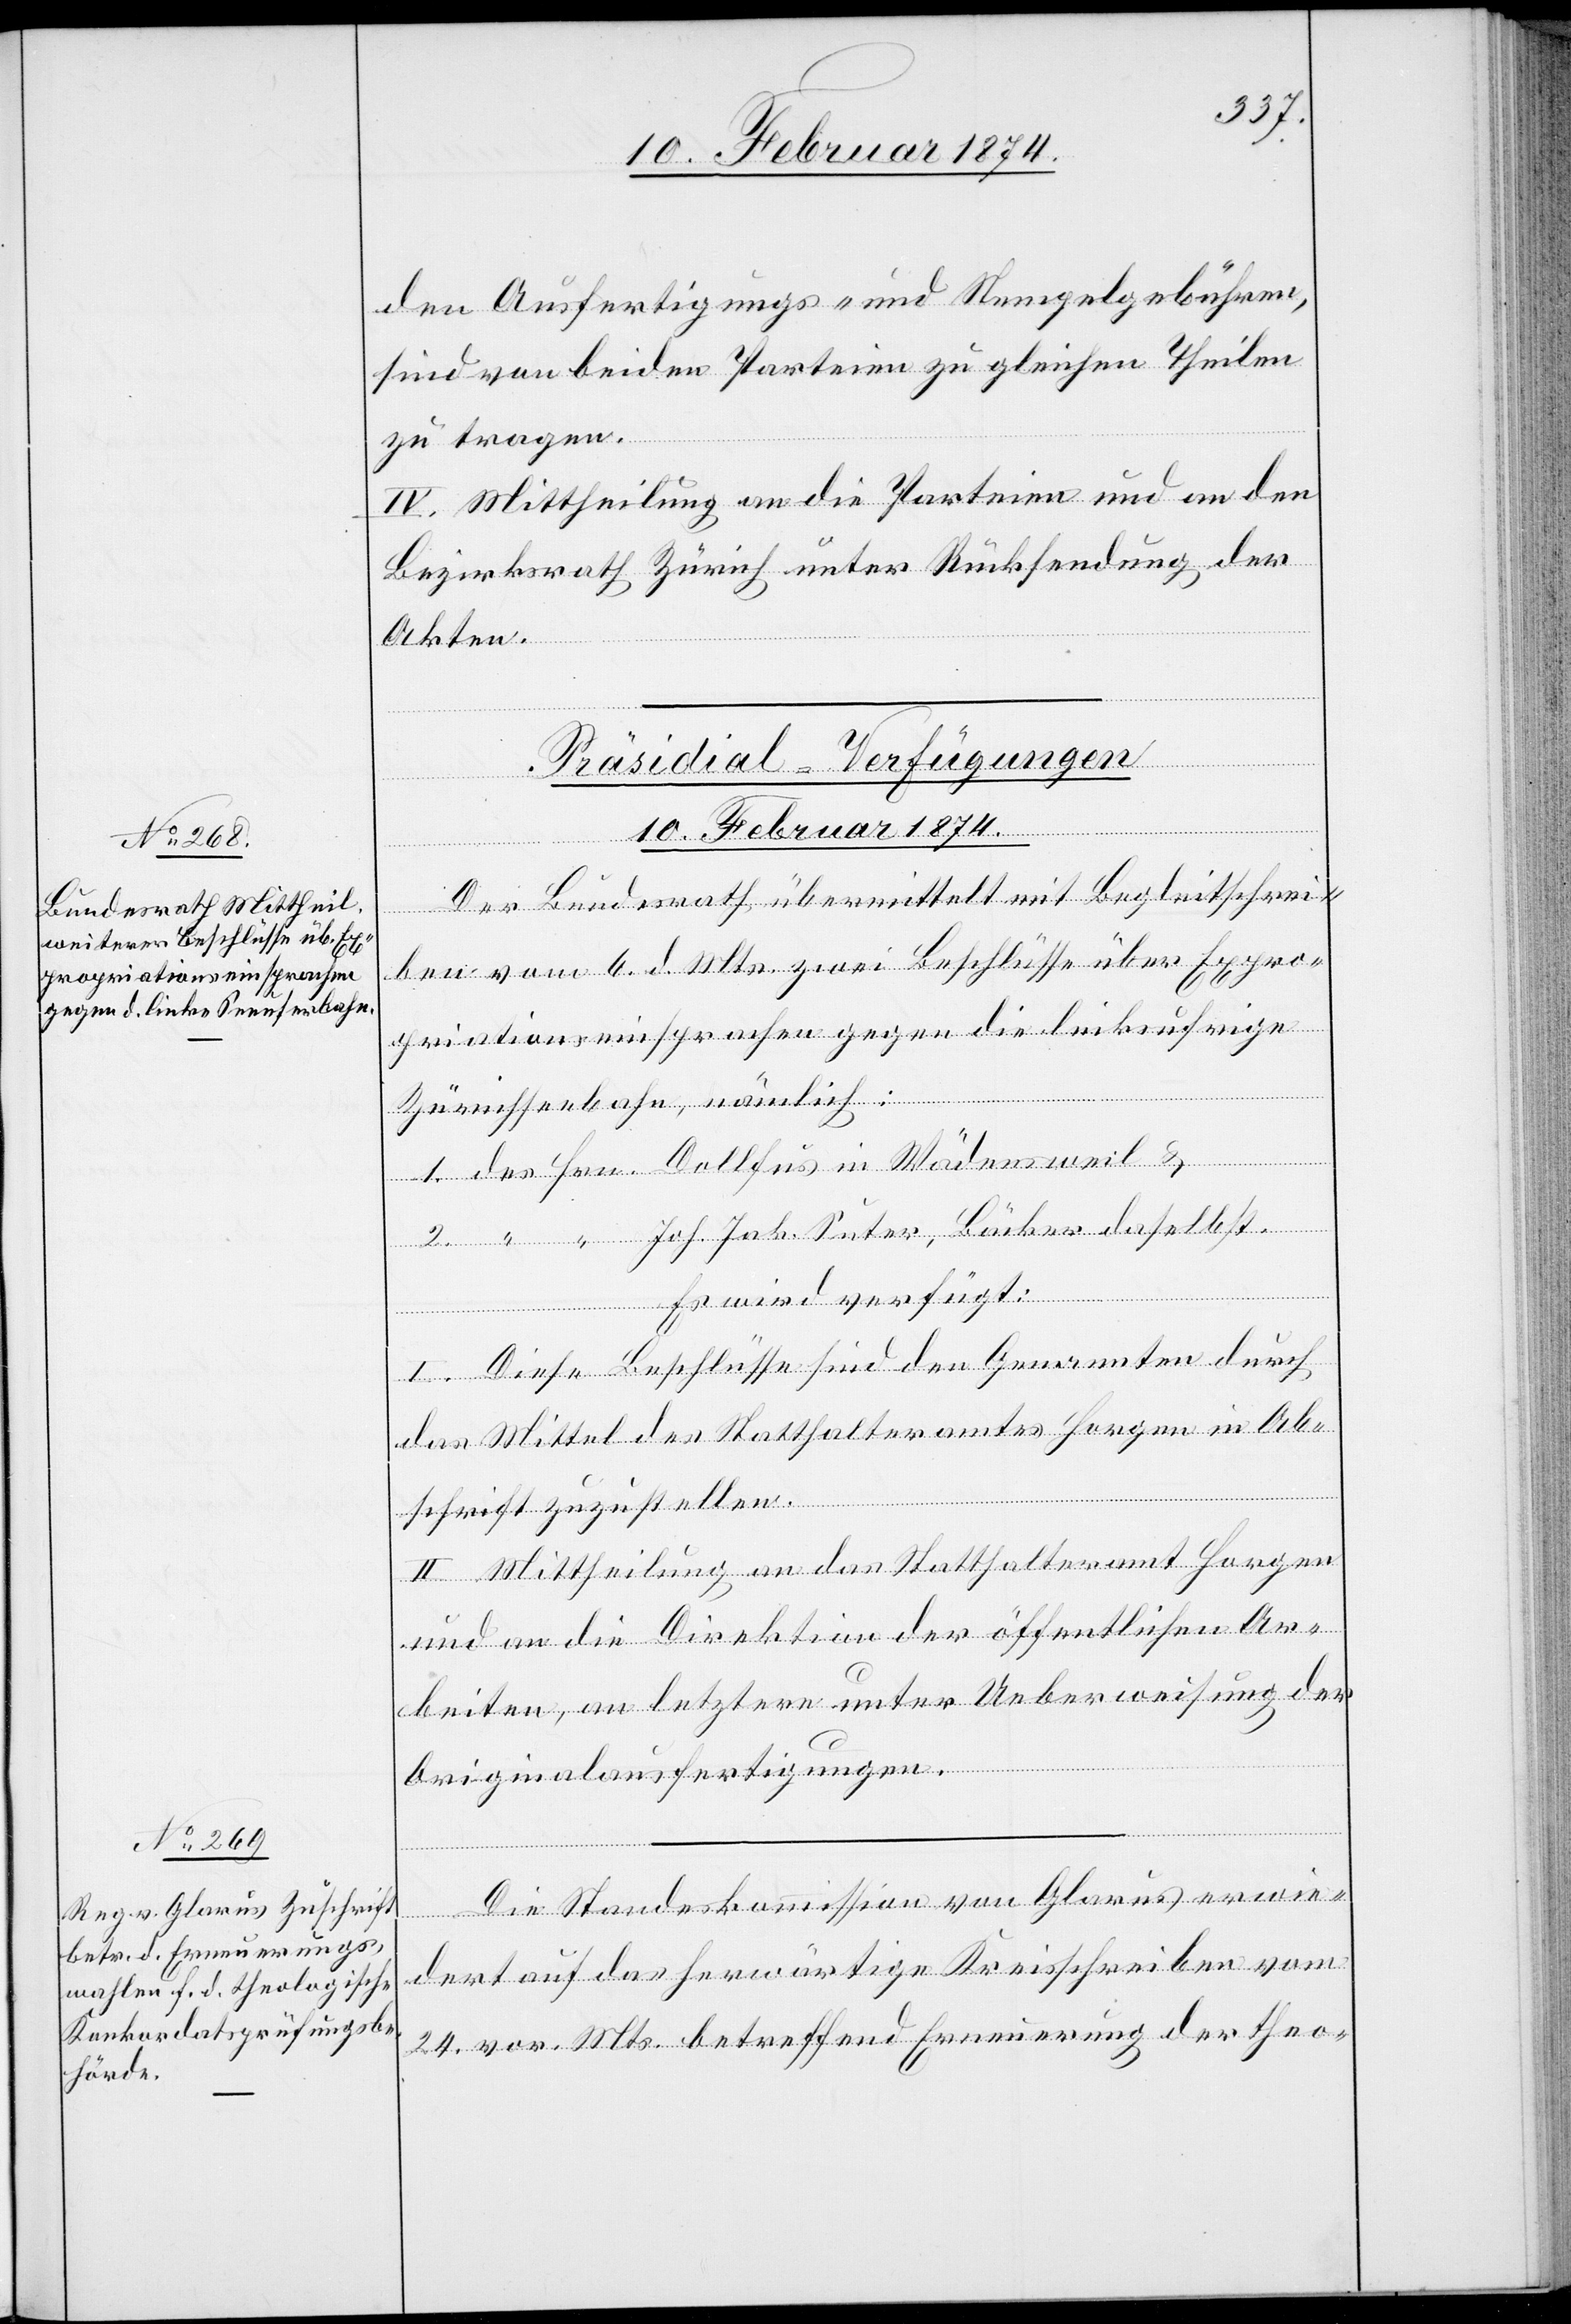
den Ausfertigungs- und Stempelgebühren,
sind von beiden Parteien zu gleichen Theilen
“
zu tragen.
IV. Mittheilung an die Parteien und an den
Bezirksrath Zürich unter Rücksendung der
Akten.
[Präsidial-Verfügungen
10. Februar 1874.]
Der Bundesrath übermittelt mit Begleitschrei¬
ben vom 6. d. Mts. zwei Beschlüsse über Expro¬
priationseinsprachen gegen die linksufrige
Zürichseebahn, nämlich:
1. des Hrn. Dollfus in Wädensweil &
“ Joh. Jak. Suter, Bäcker daselbst.
Es wird verfügt:
I. Diese Beschlüsse sind den Genannten durch
das Mittel des Statthalteramtes Horgen in Ab¬
schrift zuzustellen.
II. Mittheilung an das Statthalteramt Horgen
und an die Direktion der öffentlichen Ar¬
beiten, an letztere unter Ueberweisung der
Originalausfertigungen.
Die Standeskommission von Glarus erwie¬
dert auf das herwärtige Kreisschreiben vom
24. vor. Mts. betreffend Ernennung der theo-